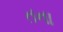
તના